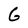
Character: G